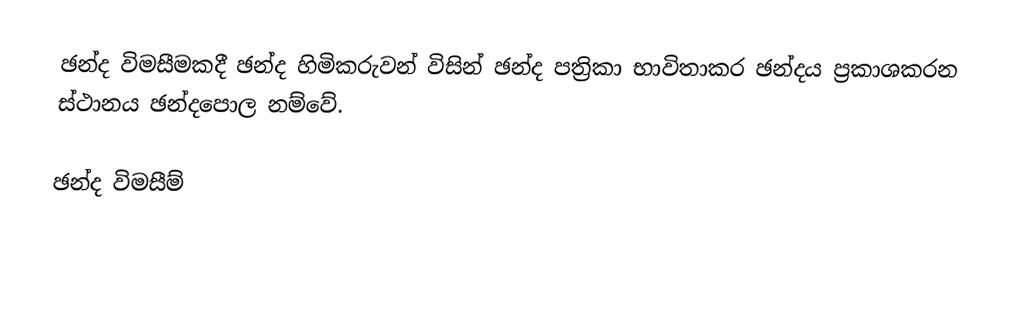
ඡන්ද විමසීමකදී ඡන්ද හිමිකරුවන් විසින් ඡන්ද පත්‍රිකා භාවිතාකර ඡන්දය ප්‍රකාශකරන ස්ථානය ඡන්දපොල නම්වේ.

ඡන්ද විමසීම්